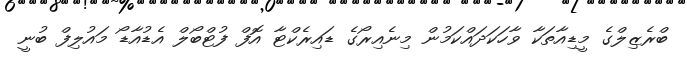
ބްރެޒިލްގެ މީޑިއާތަކާ ވާހަކަދައްކަމުން މިނެއިރޯގެ ޑައިރެކްޓާ އޮފް ފުޓްބޯލް އެޑުއާޑޯ މައުލިފް ބުނީ